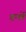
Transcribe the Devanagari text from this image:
डर्न्ले